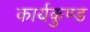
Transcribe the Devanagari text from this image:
कार्यकुण्ड